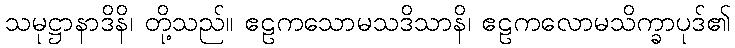
သမုဋ္ဌာနာဒိနိ၊ တို့သည်။ ဧဠကသောမသဒိသာနိ၊ ဧဠကလောမသိက္ခာပုဒ်၏